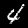
Label: 4